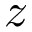
z